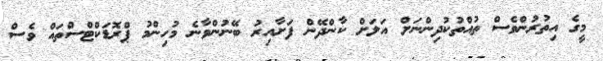
މީގެ އިތުރުންވެސް ތުއްތުކުދިންނަށް އަލަށް ކާންދޭން ފަށާއިރު ބޭނުންވާނެ މުހިންމު ޕްރޮޑަކްޓްސްތައް ވެސް